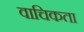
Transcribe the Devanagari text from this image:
वाचिकता